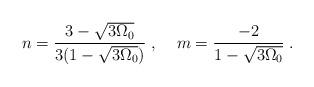
LaTeX: \begin{align*}n = \frac{3 - \sqrt{3 \Omega_0}}{3 (1 - \sqrt{3 \Omega_0})} \; , \; \; \; \; m = \frac{- 2}{1 - \sqrt{3 \Omega_0}} \; .\end{align*}